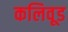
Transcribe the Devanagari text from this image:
कलिवूड